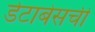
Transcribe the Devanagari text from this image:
डेटाबेसची